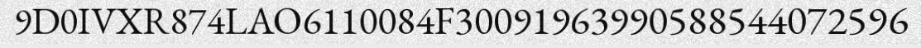
9D0IVXR874LAO6110084F30091963990588544072596